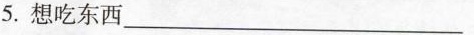
5.想吃东西___